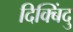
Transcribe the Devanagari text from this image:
दिक्बिंदु